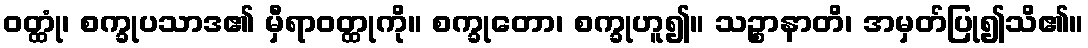
ဝတ္ထုံ၊ စက္ခုပသာဒ၏ မှီရာဝတ္ထုကို။ စက္ခုတော၊ စက္ခုဟူ၍။ သဉ္စာနာတိ၊ အမှတ်ပြု၍သိ၏။